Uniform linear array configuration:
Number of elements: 12
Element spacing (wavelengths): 0.75
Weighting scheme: hamming
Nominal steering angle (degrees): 30
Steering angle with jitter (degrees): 31.253
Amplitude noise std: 0.05
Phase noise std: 0.05

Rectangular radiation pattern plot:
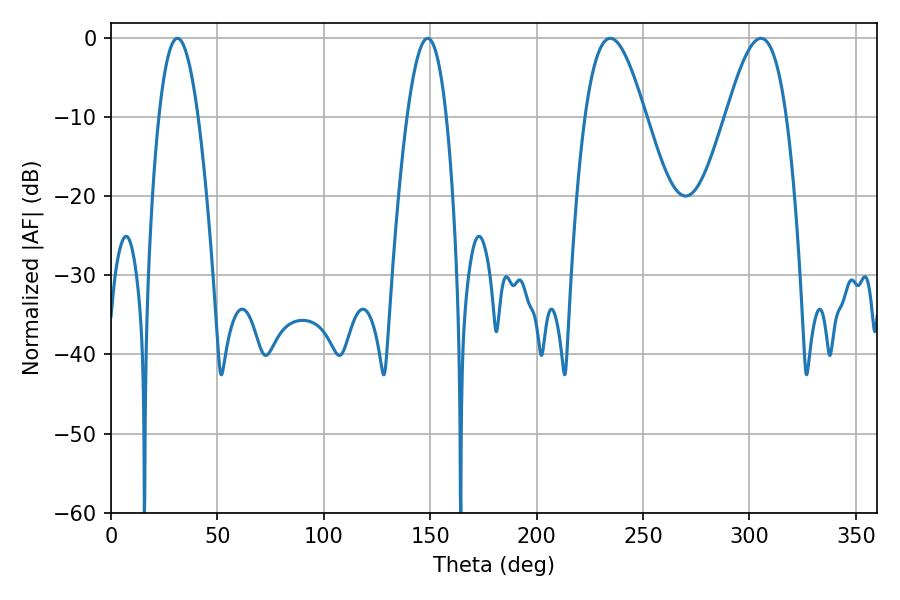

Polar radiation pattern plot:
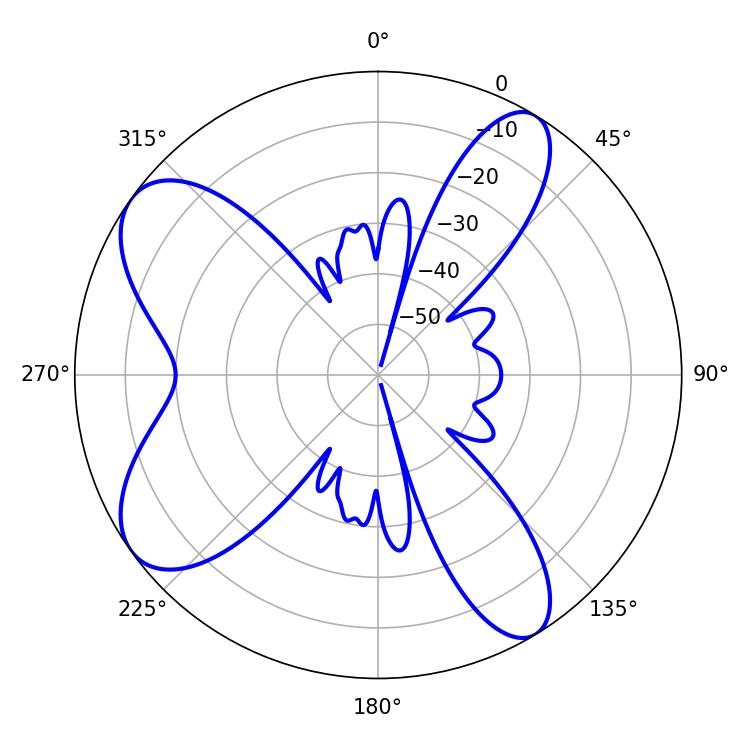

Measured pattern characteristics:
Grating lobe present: TRUE
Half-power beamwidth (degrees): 15.3
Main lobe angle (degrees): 234.54